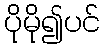
ပိုမို၍ပင်